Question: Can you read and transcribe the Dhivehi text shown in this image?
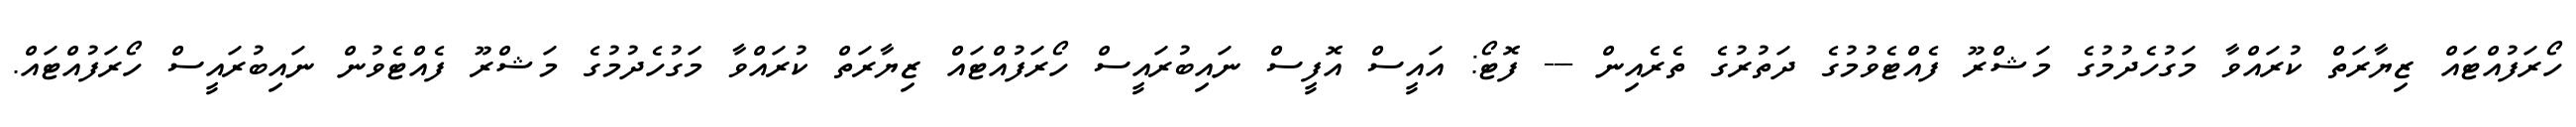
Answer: ހޯރަފުއްޓައް ޒިޔާރަތް ކުރައްވާ މަގުހެދުމުގެ މަޝްރޫ ފެއްޓެވުމުގެ ދަތުރުގެ ތެރެއިން --- ފޮޓޯ: އައީސް އޮފީސް ނައިބުރައީސް ހޯރަފުއްޓައް ޒިޔާރަތް ކުރައްވާ މަގުހެދުމުގެ މަޝްރޫ ފެއްޓެވުން ނައިބުރައީސް ހޯރަފުއްޓައް.